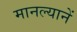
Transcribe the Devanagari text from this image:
मानल्यानें